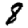
Digit: 8